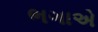
ભગાએ